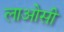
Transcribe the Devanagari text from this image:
लाओसी